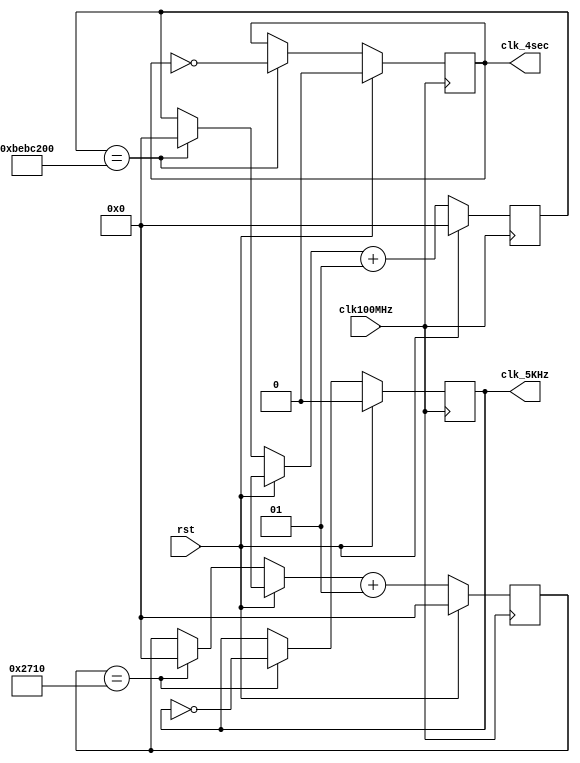
`timescale 1ns / 1ps

module clk_gen
(input clk100MHz, rst, output reg clk_4sec, clk_5KHz); 

    integer count1, count2;   
    always @ (posedge clk100MHz) 
    begin   
        if (rst) begin   
            count1 = 0; clk_4sec = 0;    
            count2 = 0; clk_5KHz = 0;   
        end else begin    
            if (count1 == 200000000) begin     
                clk_4sec = ~clk_4sec;     
                count1 = 0;    
            end    
            if (count2 == 10000) begin     
                clk_5KHz = ~clk_5KHz;     
                count2 = 0;    
            end    
            count1 = count1 + 1;    
            count2 = count2 + 1;   
        end  
    end 
endmodule